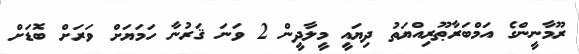
ރޫމާނީންގެ އަމްބަރާޠޫރިއްޔަތު ދިޔައީ މީލާދީން 2 ވަނަ ޤަރުނާ ހަމަޔަށް ވަރަށް ބޮޑަށް